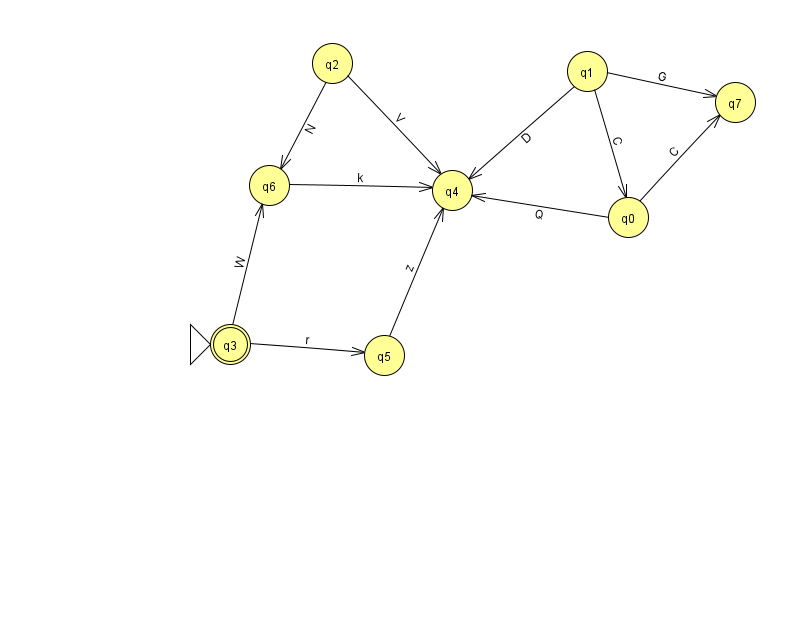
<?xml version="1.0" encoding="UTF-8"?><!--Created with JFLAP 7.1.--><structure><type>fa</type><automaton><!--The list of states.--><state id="0" name="q0"><x>628.0</x><y>204.0</y></state><state id="1" name="q1"><x>587.0</x><y>58.0</y></state><state id="2" name="q2"><x>332.0</x><y>50.0</y></state><state id="3" name="q3"><x>230.0</x><y>331.0</y><initial/><final/></state><state id="4" name="q4"><x>452.0</x><y>177.0</y></state><state id="5" name="q5"><x>384.0</x><y>342.0</y></state><state id="6" name="q6"><x>269.0</x><y>172.0</y></state><state id="7" name="q7"><x>735.0</x><y>89.0</y></state><!--The list of transitions.--><transition><from>3</from><to>6</to><read>W</read></transition><transition><from>1</from><to>4</to><read>D</read></transition><transition><from>3</from><to>5</to><read>r</read></transition><transition><from>6</from><to>4</to><read>k</read></transition><transition><from>1</from><to>7</to><read>G</read></transition><transition><from>2</from><to>4</to><read>V</read></transition><transition><from>2</from><to>6</to><read>N</read></transition><transition><from>5</from><to>4</to><read>z</read></transition><transition><from>1</from><to>0</to><read>C</read></transition><transition><from>0</from><to>7</to><read>C</read></transition><transition><from>0</from><to>4</to><read>Q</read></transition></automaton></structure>